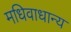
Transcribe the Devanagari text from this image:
मधिवाधान्य